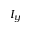
I _ { y }